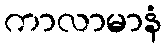
ကာလာမာနံ